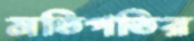
মতিগতির